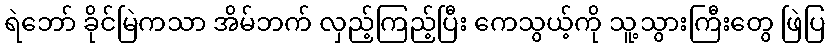
ရဲဘော် ခိုင်မြဲကသာ အိမ်ဘက် လှည့်ကြည့်ပြီး ကေသွယ့်ကို သူ့သွားကြီးတွေ ဖြဲပြ